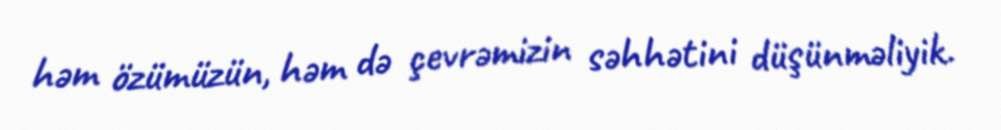
həm özümüzün, həm də çevrəmizin səhhətini düşünməliyik.